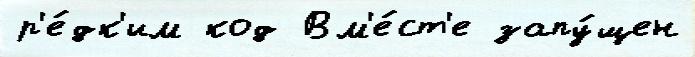
р'е́дк'им код Вм'е́ст'е запу́щен